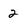
Character: 2